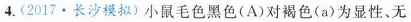
4.(2017·长沙模拟)小鼠毛色黑色(A)对褐色(a)为显性、无